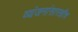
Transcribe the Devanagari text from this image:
व्यंजनांसारखीच